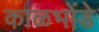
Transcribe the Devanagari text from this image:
काळभोंडे